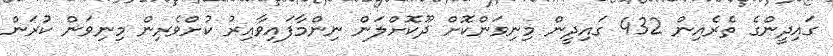
ގައިދީންގެ ތެރެއިން 432 ގައިދީން މިނިވަންކޮށް ދޫކޮށްލަން ނިންމާފައިވާއިރު ކުށްވެރިން މިނިވަން ކުރަން